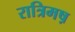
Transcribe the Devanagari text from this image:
रात्रिमष़